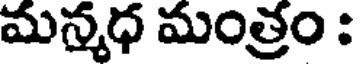
మన్మధ మంత్రం :